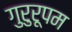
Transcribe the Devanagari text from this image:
गुरुरूपम